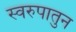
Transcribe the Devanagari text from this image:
स्वरुपातुन